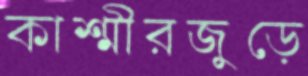
কাশ্মীরজুড়ে